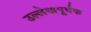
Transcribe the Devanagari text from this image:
उल्लेखपूर्वक